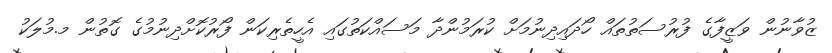
ޒުވާނުން ވަޒީފާގެ ފުރުސަތުތައް ހޯދައިދިނުމަށް ކުރަމުންދާ މަސައްކަތުގައި އެހީތެރިކަން ފޯރުކޮށްދިނުމުގެ ގޮތުން މ.މުލަކު